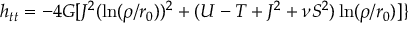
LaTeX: h _ { t t } = - 4 G [ J ^ { 2 } ( \ln ( \rho / r _ { 0 } ) ) ^ { 2 } + ( U - T + J ^ { 2 } + \nu S ^ { 2 } ) \ln ( \rho / r _ { 0 } ) ] \}